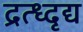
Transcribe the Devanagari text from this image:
द्रत्ध्दृद्य